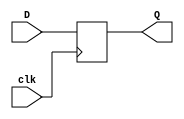
module D_flip_flop(
    output reg Q=1'b0,
    input D,clk
);
always @(posedge clk)
Q<=D;
endmodule

module main_module(
    output Y,
    input button,clk
);
wire q1,q2;
D_flip_flop D1(q1,button,clk);
D_flip_flop D2(q2,q1,clk);
assign Y=q1&&(!q2);
endmodule